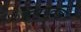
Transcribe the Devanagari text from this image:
हैंपरतंत्र